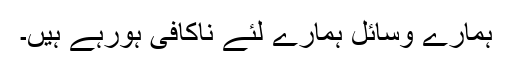
ہمارے وسائل ہمارے لئے ناکافی ہورہے ہیں۔